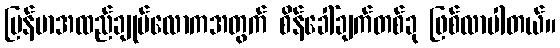
မြန်မာအထည်ချုပ်လောကအတွက် စိန်ခေါ်ချက်တစ်ခု ဖြစ်လာပါတယ်။